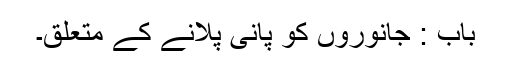
باب : جانوروں کو پانی پلانے کے متعلق۔